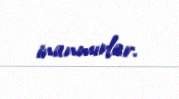
inanmırlar.